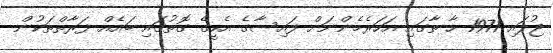
ޖުލައި 1971 ހާ ތާގައި އަހަރެމެންނަށް ފައިސާގެ އެހީގެ ގޮތުގައި ބައެއް ފަރާތްތަކުން